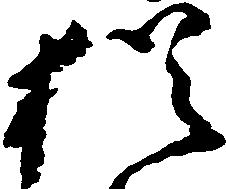
猶